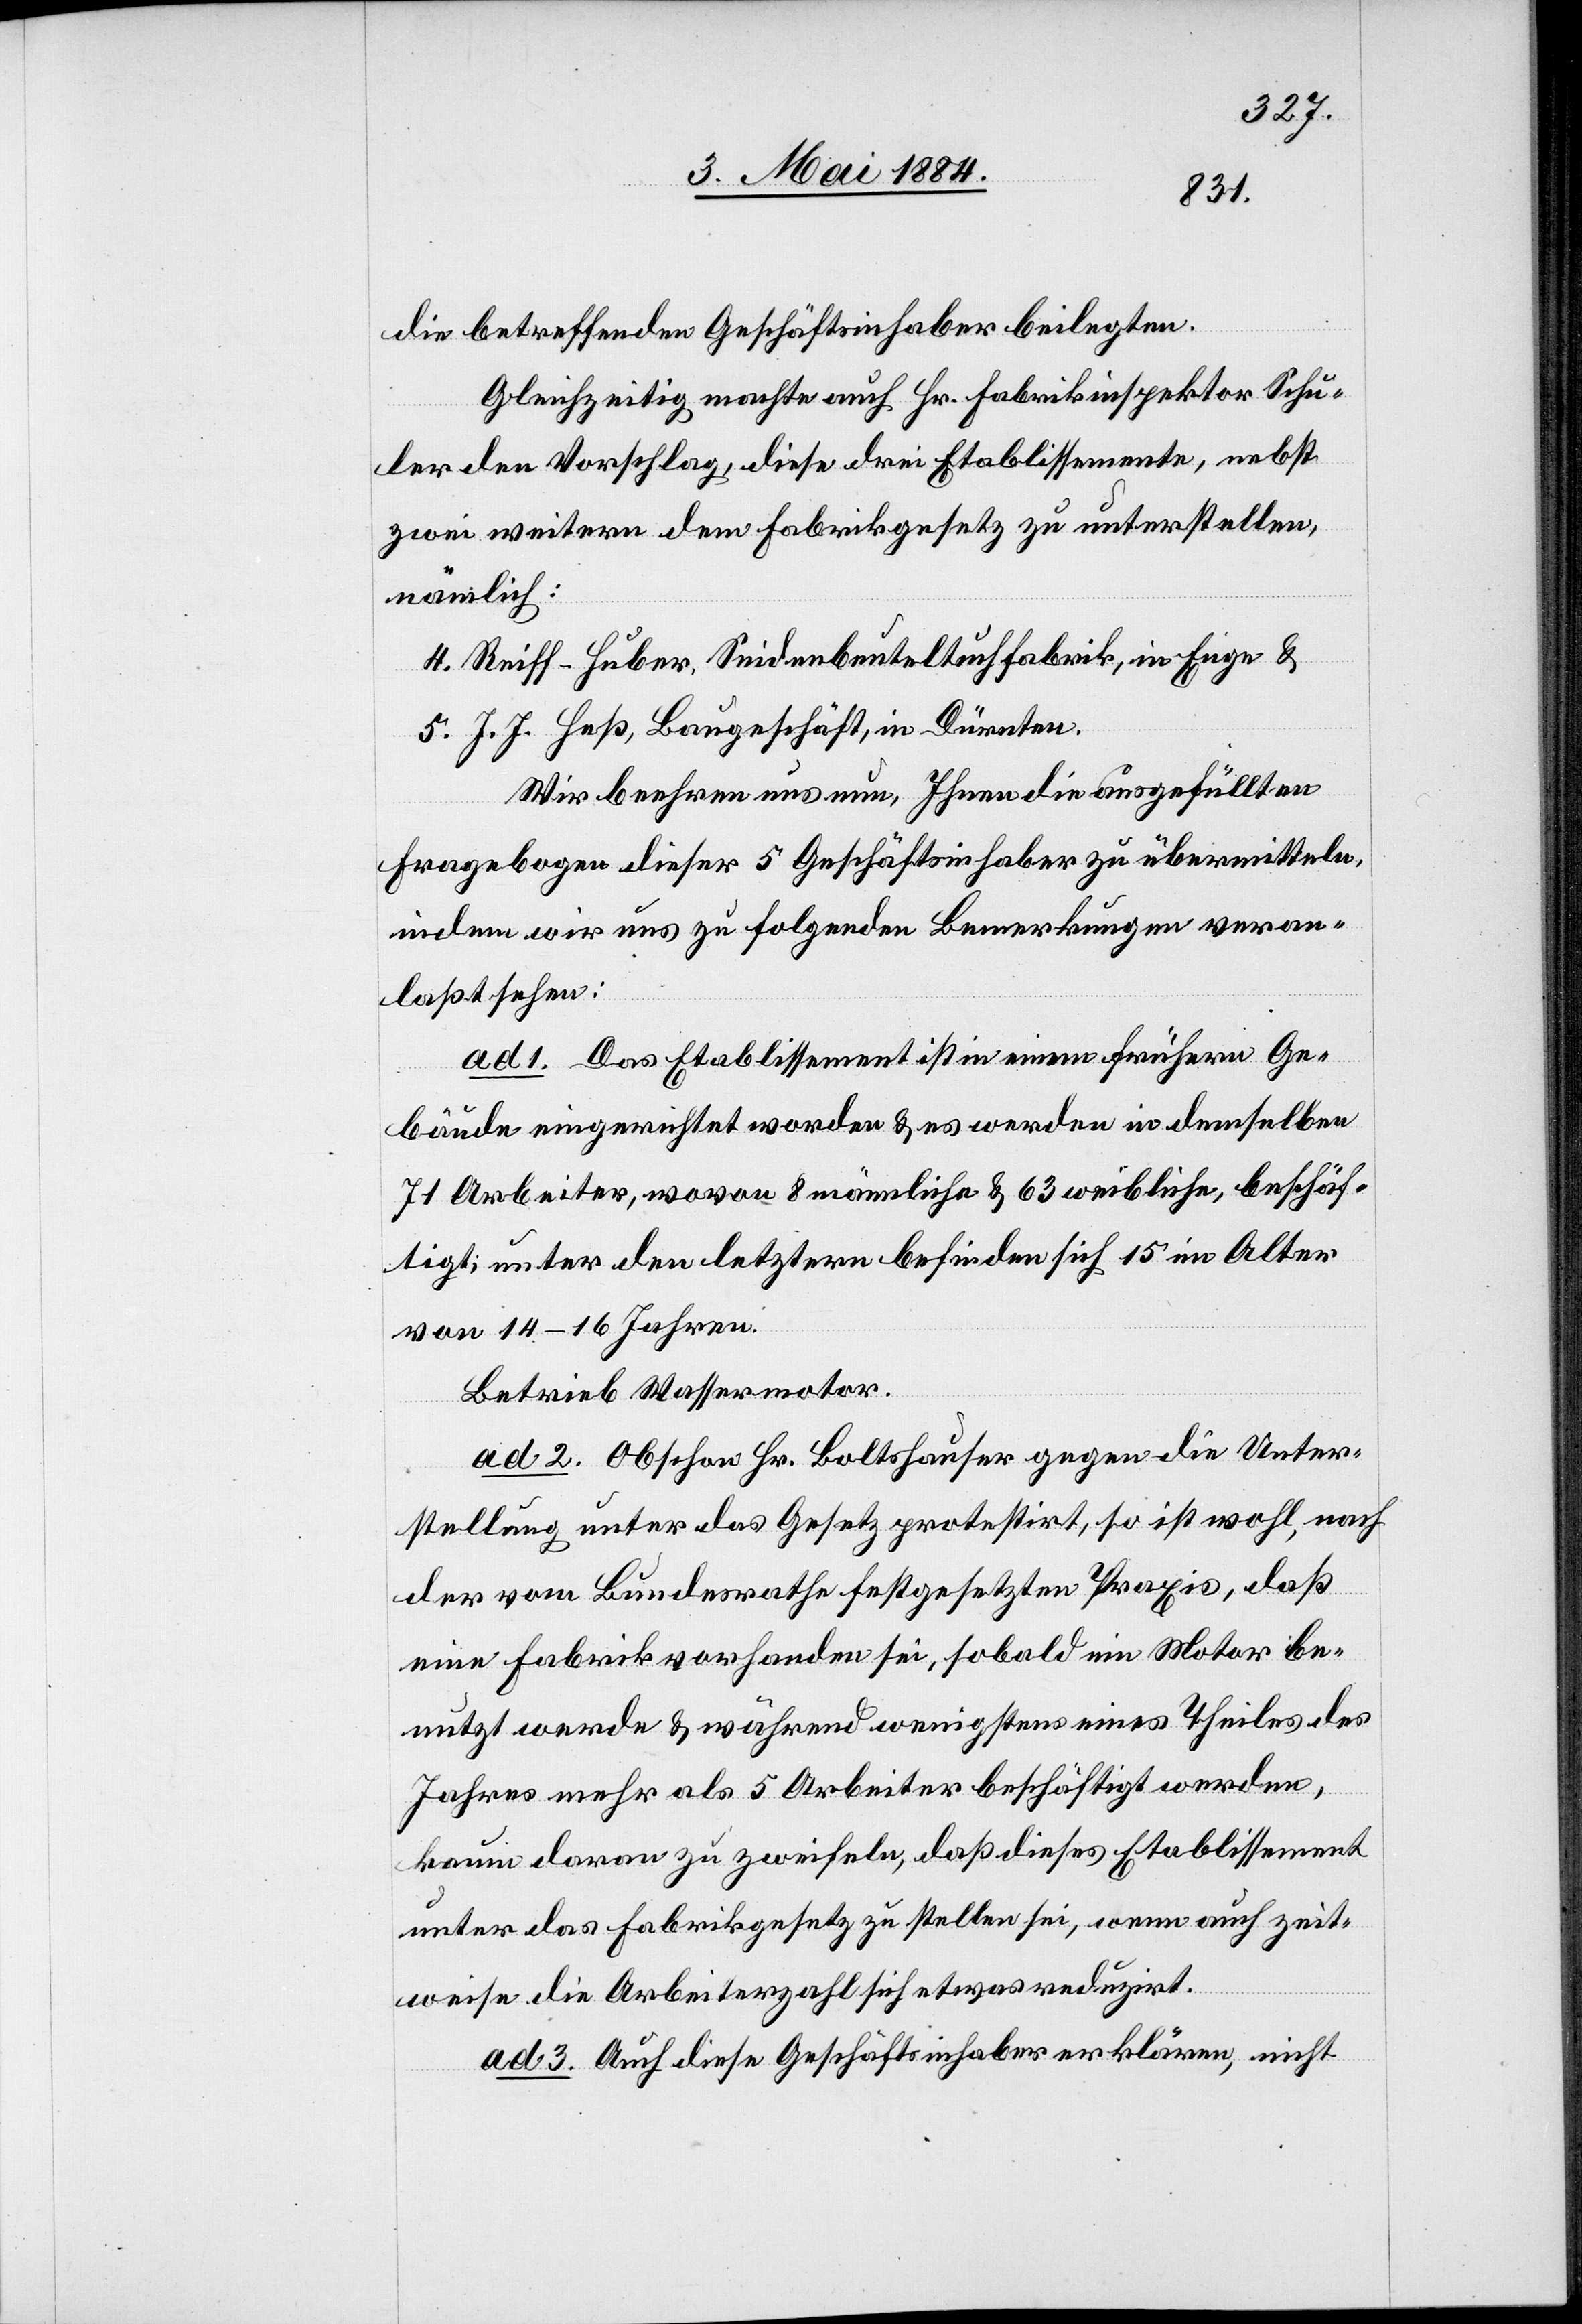
die betreffenden Geschäftsinhaber beilegten.
Gleichzeitig machte auch Hr. Fabrikinspektor Schu¬
ler den Vorschlag, diese drei Etablissemente, nebst
zwei weitern dem Fabrikgesetz zu unterstellen,
nämlich:
4. Reiff-Huber, Seidenbeuteltuchfabrik, in Enge &
5. J. J. Heß, Baugeschäft, in Dürnten.
Wir beehren uns nun, Ihnen die ausgefüllten
Fragebogen dieser 5 Geschäftsinhaber zu übermitteln,
indem wir uns zu folgenden Bemerkungen veran¬
laßt haben:
ad 1. Das Etablissement ist in einem frühern Ge¬
bäude eingerichtet worden & es werden in demselben
71 Arbeiter, wovon 8 männliche & 63 weibliche, beschäf¬
tigt, unter den letztern befinden sich 15 im Alter
von 14–16 Jahren.
Betrieb Wassermotor.
ad 2. Obschon Hr. Boltshauser gegen die Unter¬
stellung unter das Gesetz protestirt, so ist wohl, nach
der vom Bundesrathe festgesetzten Praxis, daß
eine Fabrik vorhanden sei, sobald ein Motor be¬
nutzt werde & während wenigstens eines Theiles des
Jahres mehr als 5 Arbeiter beschäftigt werden,
kaum daran zu zweifeln, daß dieses Etablissement
unter das Fabrikgesetz zu stellen sei, wenn auch zeit¬
weise die Arbeiterzahl sich etwas reduzirt.
ad 3. Auch diese Geschäftsinhaber erklären, nicht